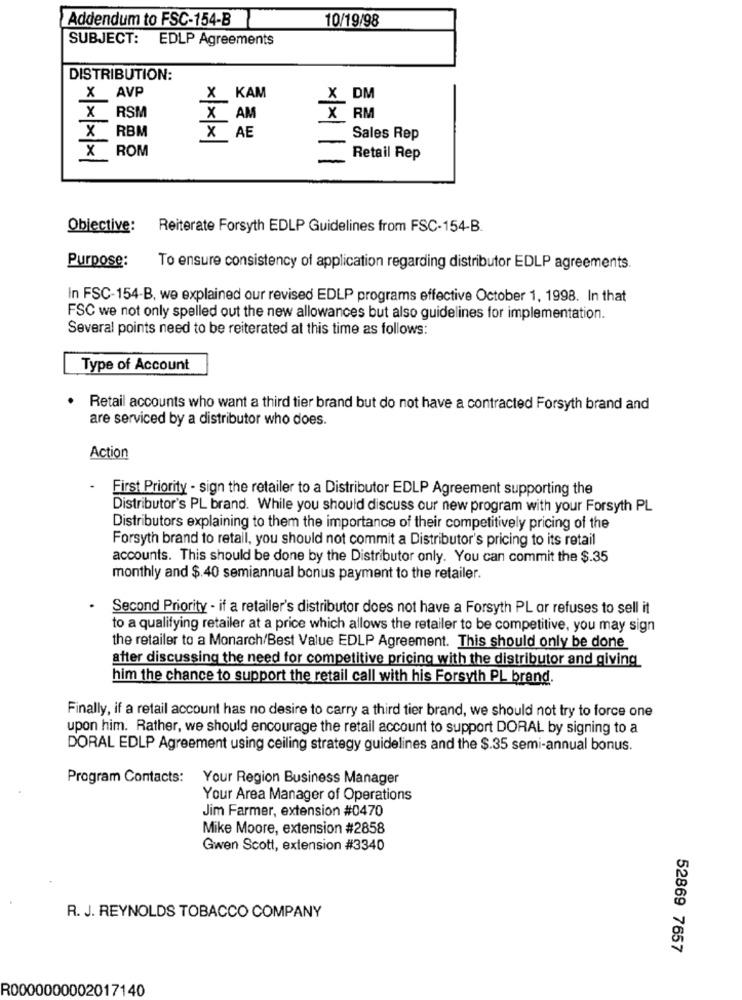
Addendum to FSC-154-B
10/19/98
SUBJECT: EDLP Agreements
DISTRIBUTION:
X AVP
X KAM
_X DM
X RSM
X AM
X RM
X RBM
X AE
Sales Rep
X ROM
-
××××
Retail Rep
Objective:
Reiterate Forsyth EDLP Guidelines from FSC-154-B.
Purpose:
To ensure consistency of application regarding distributor EDLP agreements.
In FSC-154-B, we explained our revised EDLP programs effective October 1, 1998. In that
FSC we not only spelled out the new allowances but also guidelines for implementation.
Several points need to be reiterated at this time as follows:
Type of Account
. Retail accounts who want a third tier brand but do not have a contracted Forsyth brand and
are serviced by a distributor who does.
Action
First Priority - sign the retailer to a Distributor EDLP Agreement supporting the
Distributor's PL brand. While you should discuss our new program with your Forsyth PL
Distributors explaining to them the importance of their competitively pricing of the
Forsyth brand to retail, you should not commit a Distributor's pricing to its retail
accounts. This should be done by the Distributor only. You can commit the $.35
monthly and $.40 semiannual bonus payment to the retailer.
Second Priority - if a retailer's distributor does not have a Forsyth PL or refuses to sell it
to a qualifying retailer at a price which allows the retailer to be competitive, you may sign
the retailer to a Monarch/Best Value EDLP Agreement. This should only be done
after discussing the need for competitive pricing with the distributor and giving
him the chance to support the retail call with his Forsyth PL brand.
Finally, if a retail account has no desire to carry a third tier brand, we should not try to force one
upon him. Rather, we should encourage the retail account to support DORAL by signing to a
DORAL EDLP Agreement using ceiling strategy guidelines and the $.35 semi-annual bonus.
Program Contacts:
Your Region Business Manager
Your Area Manager of Operations
Jim Farmer, extension #0470
Mike Moore, extension #2858
Gwen Scott, extension #3340
R. J. REYNOLDS TOBACCO COMPANY
52869 7657
R0000000002017140